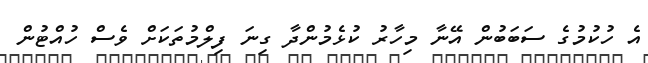
އެ ހުކުމުގެ ސަބަބުން އޭނާ މިހާރު ކުޅެމުންދާ ގިނަ ފިލްމުތަކަށް ވެސް ހުއްޓުން